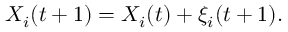
X _ { i } ( t + 1 ) = X _ { i } ( t ) + \xi _ { i } ( t + 1 ) .